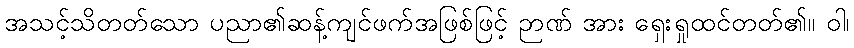
အသင့်သိတတ်သော ပညာ၏ဆန့်ကျင်ဖက်အဖြစ်ဖြင့် ဉာဏ် အား ရှေးရှုထင်တတ်၏။ ဝါ၊